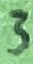
Text: 3